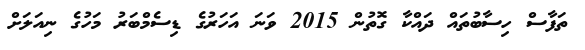
ތަފާސް ހިސާބުތައް ދައްކާ ގޮތުން 2015 ވަނަ އަހަރުގެ ޑިސެމްބަރު މަހުގެ ނިއަލަށް